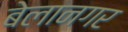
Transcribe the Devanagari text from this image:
बेलानगर